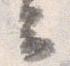
云